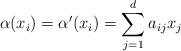
LaTeX: \begin{align*}\alpha(x_i)=\alpha'(x_i)=\sum_{j=1}^d a_{ij}x_j\end{align*}